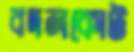
বদলকোট